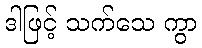
ဒါဖြင့် သက်သေ ကွာ